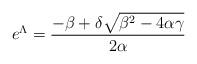
LaTeX: \begin{align*}e^\Lambda=\frac{-\beta+\delta\sqrt{\beta^2-4\alpha \gamma }}{2 \alpha}\end{align*}